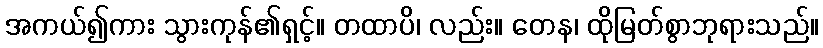
အကယ်၍ကား သွားကုန်၏ရှင့်။ တထာပိ၊ လည်း။ တေန၊ ထိုမြတ်စွာဘုရားသည်။